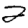
Digit: 2